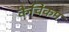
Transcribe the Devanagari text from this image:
केचिकम